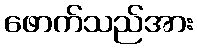
ဖောက်သည်အား